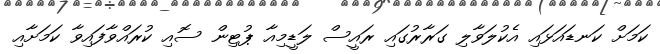
ކަމަށް ކަނޑައަޅައި އެކުލަވާލި ގަރާރުގައި ރައީސް ލަޑީމިއާ ޕުޓިން ސޮއި ކުރައްވާފައިވާ ކަމަށާއި